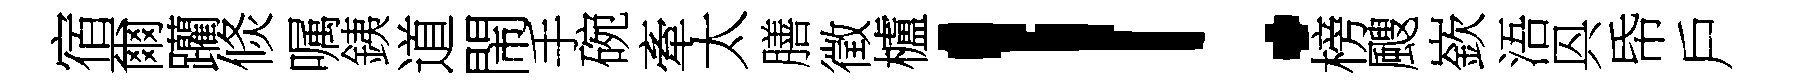
宿爾躪倐嘱銕道閙手碗牽太膳徵櫨！榜颼嶔浯㒷帋戶